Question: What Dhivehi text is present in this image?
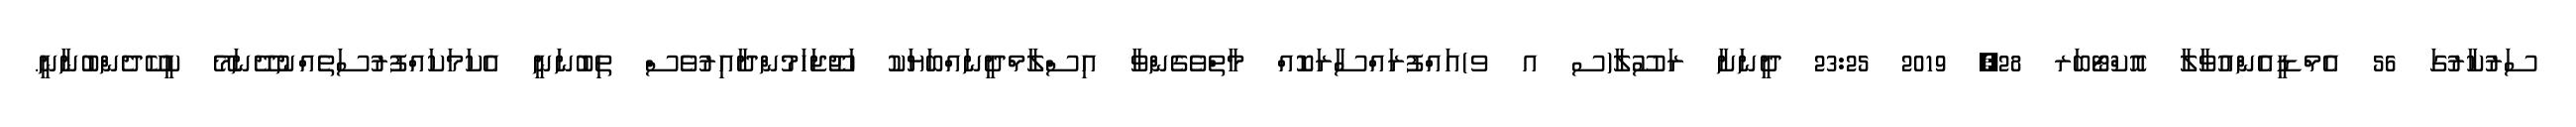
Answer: ސަރުކާރުގަ 56 އެމްޑީއެންއުވާލާ އޮކްޓޯބަރ 28, 2019 23:25 ދީނަށާ ރަސޫލާ(ސ އ ވ)އައްފުރައްސާރަކޮއް މާތްވެގެންވާ އިސްލާމްދީނައްބަޔަކު ހަޖޫޖަހަމުންދާއިރުވެސް ތިބުނަނީ އެކަމަކައްފުރުސަތެއްނުދޭނަމޭ ކީކޭދެންބުނާނީ.